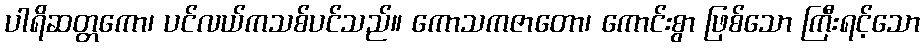
ပါရိဆတ္တကော၊ ပင်လယ်ကသစ်ပင်သည်။ ကောသကဇာတော၊ ကောင်းစွာ ဖြစ်သော ကြီးရင့်သော